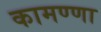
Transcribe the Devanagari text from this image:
कामण्णा